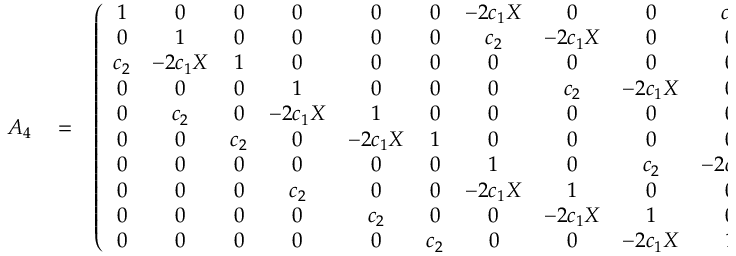
\begin{array} { r l r } { { \cal A } _ { 4 } } & { { } = } & { \left( \begin{array} { c c c c c c c c c c } { 1 } & { 0 } & { 0 } & { 0 } & { 0 } & { 0 } & { - 2 c _ { 1 } X } & { 0 } & { 0 } & { c _ { 2 } } \\ { 0 } & { 1 } & { 0 } & { 0 } & { 0 } & { 0 } & { c _ { 2 } } & { - 2 c _ { 1 } X } & { 0 } & { 0 } \\ { c _ { 2 } } & { - 2 c _ { 1 } X } & { 1 } & { 0 } & { 0 } & { 0 } & { 0 } & { 0 } & { 0 } & { 0 } \\ { 0 } & { 0 } & { 0 } & { 1 } & { 0 } & { 0 } & { 0 } & { c _ { 2 } } & { - 2 c _ { 1 } X } & { 0 } \\ { 0 } & { c _ { 2 } } & { 0 } & { - 2 c _ { 1 } X } & { 1 } & { 0 } & { 0 } & { 0 } & { 0 } & { 0 } \\ { 0 } & { 0 } & { c _ { 2 } } & { 0 } & { - 2 c _ { 1 } X } & { 1 } & { 0 } & { 0 } & { 0 } & { 0 } \\ { 0 } & { 0 } & { 0 } & { 0 } & { 0 } & { 0 } & { 1 } & { 0 } & { c _ { 2 } } & { - 2 c _ { 1 } X } \\ { 0 } & { 0 } & { 0 } & { c _ { 2 } } & { 0 } & { 0 } & { - 2 c _ { 1 } X } & { 1 } & { 0 } & { 0 } \\ { 0 } & { 0 } & { 0 } & { 0 } & { c _ { 2 } } & { 0 } & { 0 } & { - 2 c _ { 1 } X } & { 1 } & { 0 } \\ { 0 } & { 0 } & { 0 } & { 0 } & { 0 } & { c _ { 2 } } & { 0 } & { 0 } & { - 2 c _ { 1 } X } & { 1 } \end{array} \right) \, . } \end{array}